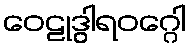
ဝေဠုဒွါရဝဂ္ဂေါ